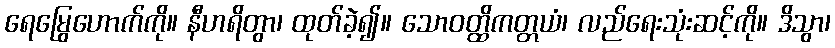
ရေမြွေဟောက်ကို။ နီဟရိတွာ၊ ထုတ်ခဲ့၍။ သောဝတ္ထိကတ္တယံ၊ လည်ရေးသုံးဆင့်ကို။ ဒိသွာ၊